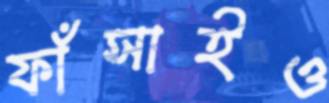
ফাঁসাইও